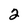
Character: 2